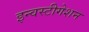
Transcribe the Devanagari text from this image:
इन्वस्टीगेशन